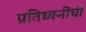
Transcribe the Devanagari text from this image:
प्रतिध्वनींची